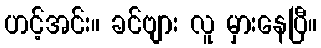
ဟင့်အင်း။ ခင်ဗျား လူ မှားနေပြီ။